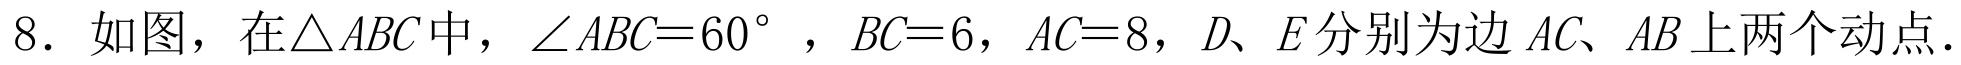
8. 如图，在\(\triangle ABC\)中，\(\angle ABC = 60^{\circ}\)，\(BC = 6\)，\(AC = 8\)，\(D、E\)分别为边\(AC、AB\)上两个动点.